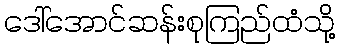
ဒေါ်အောင်ဆန်းစုကြည်ထံသို့